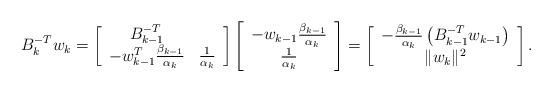
LaTeX: \begin{align*}B_{k}^{-T}w_{k}=\left[\begin{array}{cc}B_{k-1}^{-T}\\-w_{k-1}^{T}\frac{\beta_{k-1}}{\alpha_{k}} & \frac{1}{\alpha_{k}}\end{array}\right]\left[\begin{array}{c}-w_{k-1}\frac{\beta_{k-1}}{\alpha_{k}}\\\frac{1}{\alpha_{k}}\end{array}\right]=\left[\begin{array}{c}-\frac{\beta_{k-1}}{\alpha_{k}}\left(B_{k-1}^{-T}w_{k-1}\right)\\\|w_{k}\|^{2}\end{array}\right].\end{align*}